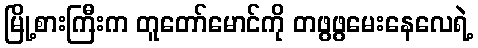
မြို့စားကြီးက တူတော်မောင်ကို တဖွဖွမေးနေလေရဲ့